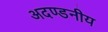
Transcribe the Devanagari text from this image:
अदण्डनीय